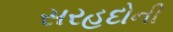
સરહદોની